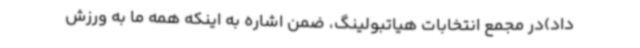
داد)در مجمع انتخابات هیاتبولینگ، ضمن اشاره به اینکه همه ما به ورزش